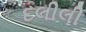
દલીલી